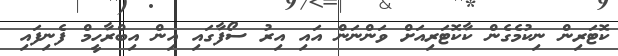
ކޮޓަރިން ނިކުމެގެން ކާކޮޓަރިއަށް ވަންނަން އައި އިރު ސޯފާގައި އިން އިބްރާހީމް ފެނިފައި